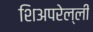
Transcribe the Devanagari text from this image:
शिअपरेल्ली